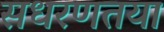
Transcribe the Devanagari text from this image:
सधरणतया